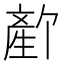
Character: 𬎻